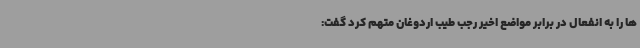
ها را به انفعال در برابر مواضع اخیر رجب طیب اردوغان متهم کرد گفت: